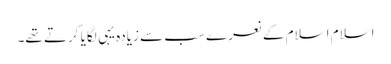
اسلام اسلام کے نعرے سب سے زیادہ یہی لگایا کرتے تھے۔